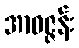
အာဝဇ္ဇန်း